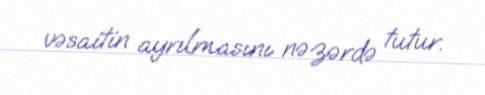
vəsaitin ayrılmasını nəzərdə tutur.